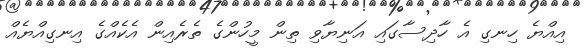
އިއްޔެ ހިނގި އެ ހާދިސާގައި އަނިޔާވި ތިން މީހުންގެ ތެރެއިން އެކެއްގެ އިނގިއްޔެއް